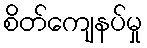
စိတ်ကျေနပ်မှု